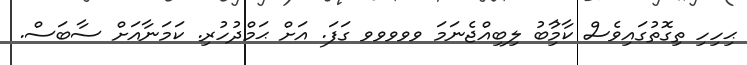
ޙިހިހި ތިގޮތުގައިވެސް ކާމިުާބު ލިބިއްޖެނަމަ ވވވވވ ގަފަ. އަށް ޙަމްދުހުރި. ކަމަނާއަށް ސާބަސް.